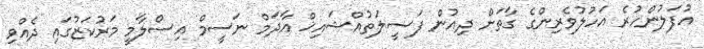
އުފަލުންހުރެ އަހުލުވެރިންގެ ގާތަށް ދިއުން ފަޟީލަތުއްޝައިޚް އާދަމް ނަސީމް އިސްލާމީ މަރުކަޒުގައި ދެއްވި